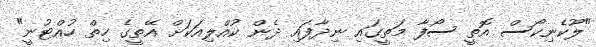
"ލޫކެނިކޯސް އޮތީ ސޯފާ މަތީގައި ނިދާފައި ދެން ކުއްލިއަކަށް އޭތީގެ ހިތް ހުއްޓުނީ"